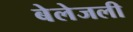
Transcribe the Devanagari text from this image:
बेलेजली